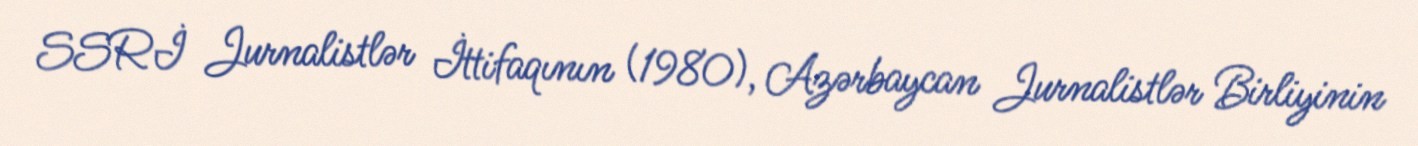
SSRİ Jurnalistlər İttifaqının (1980), Azərbaycan Jurnalistlər Birliyinin